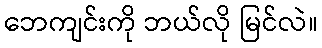
ဘေကျင်းကို ဘယ်လို မြင်လဲ။